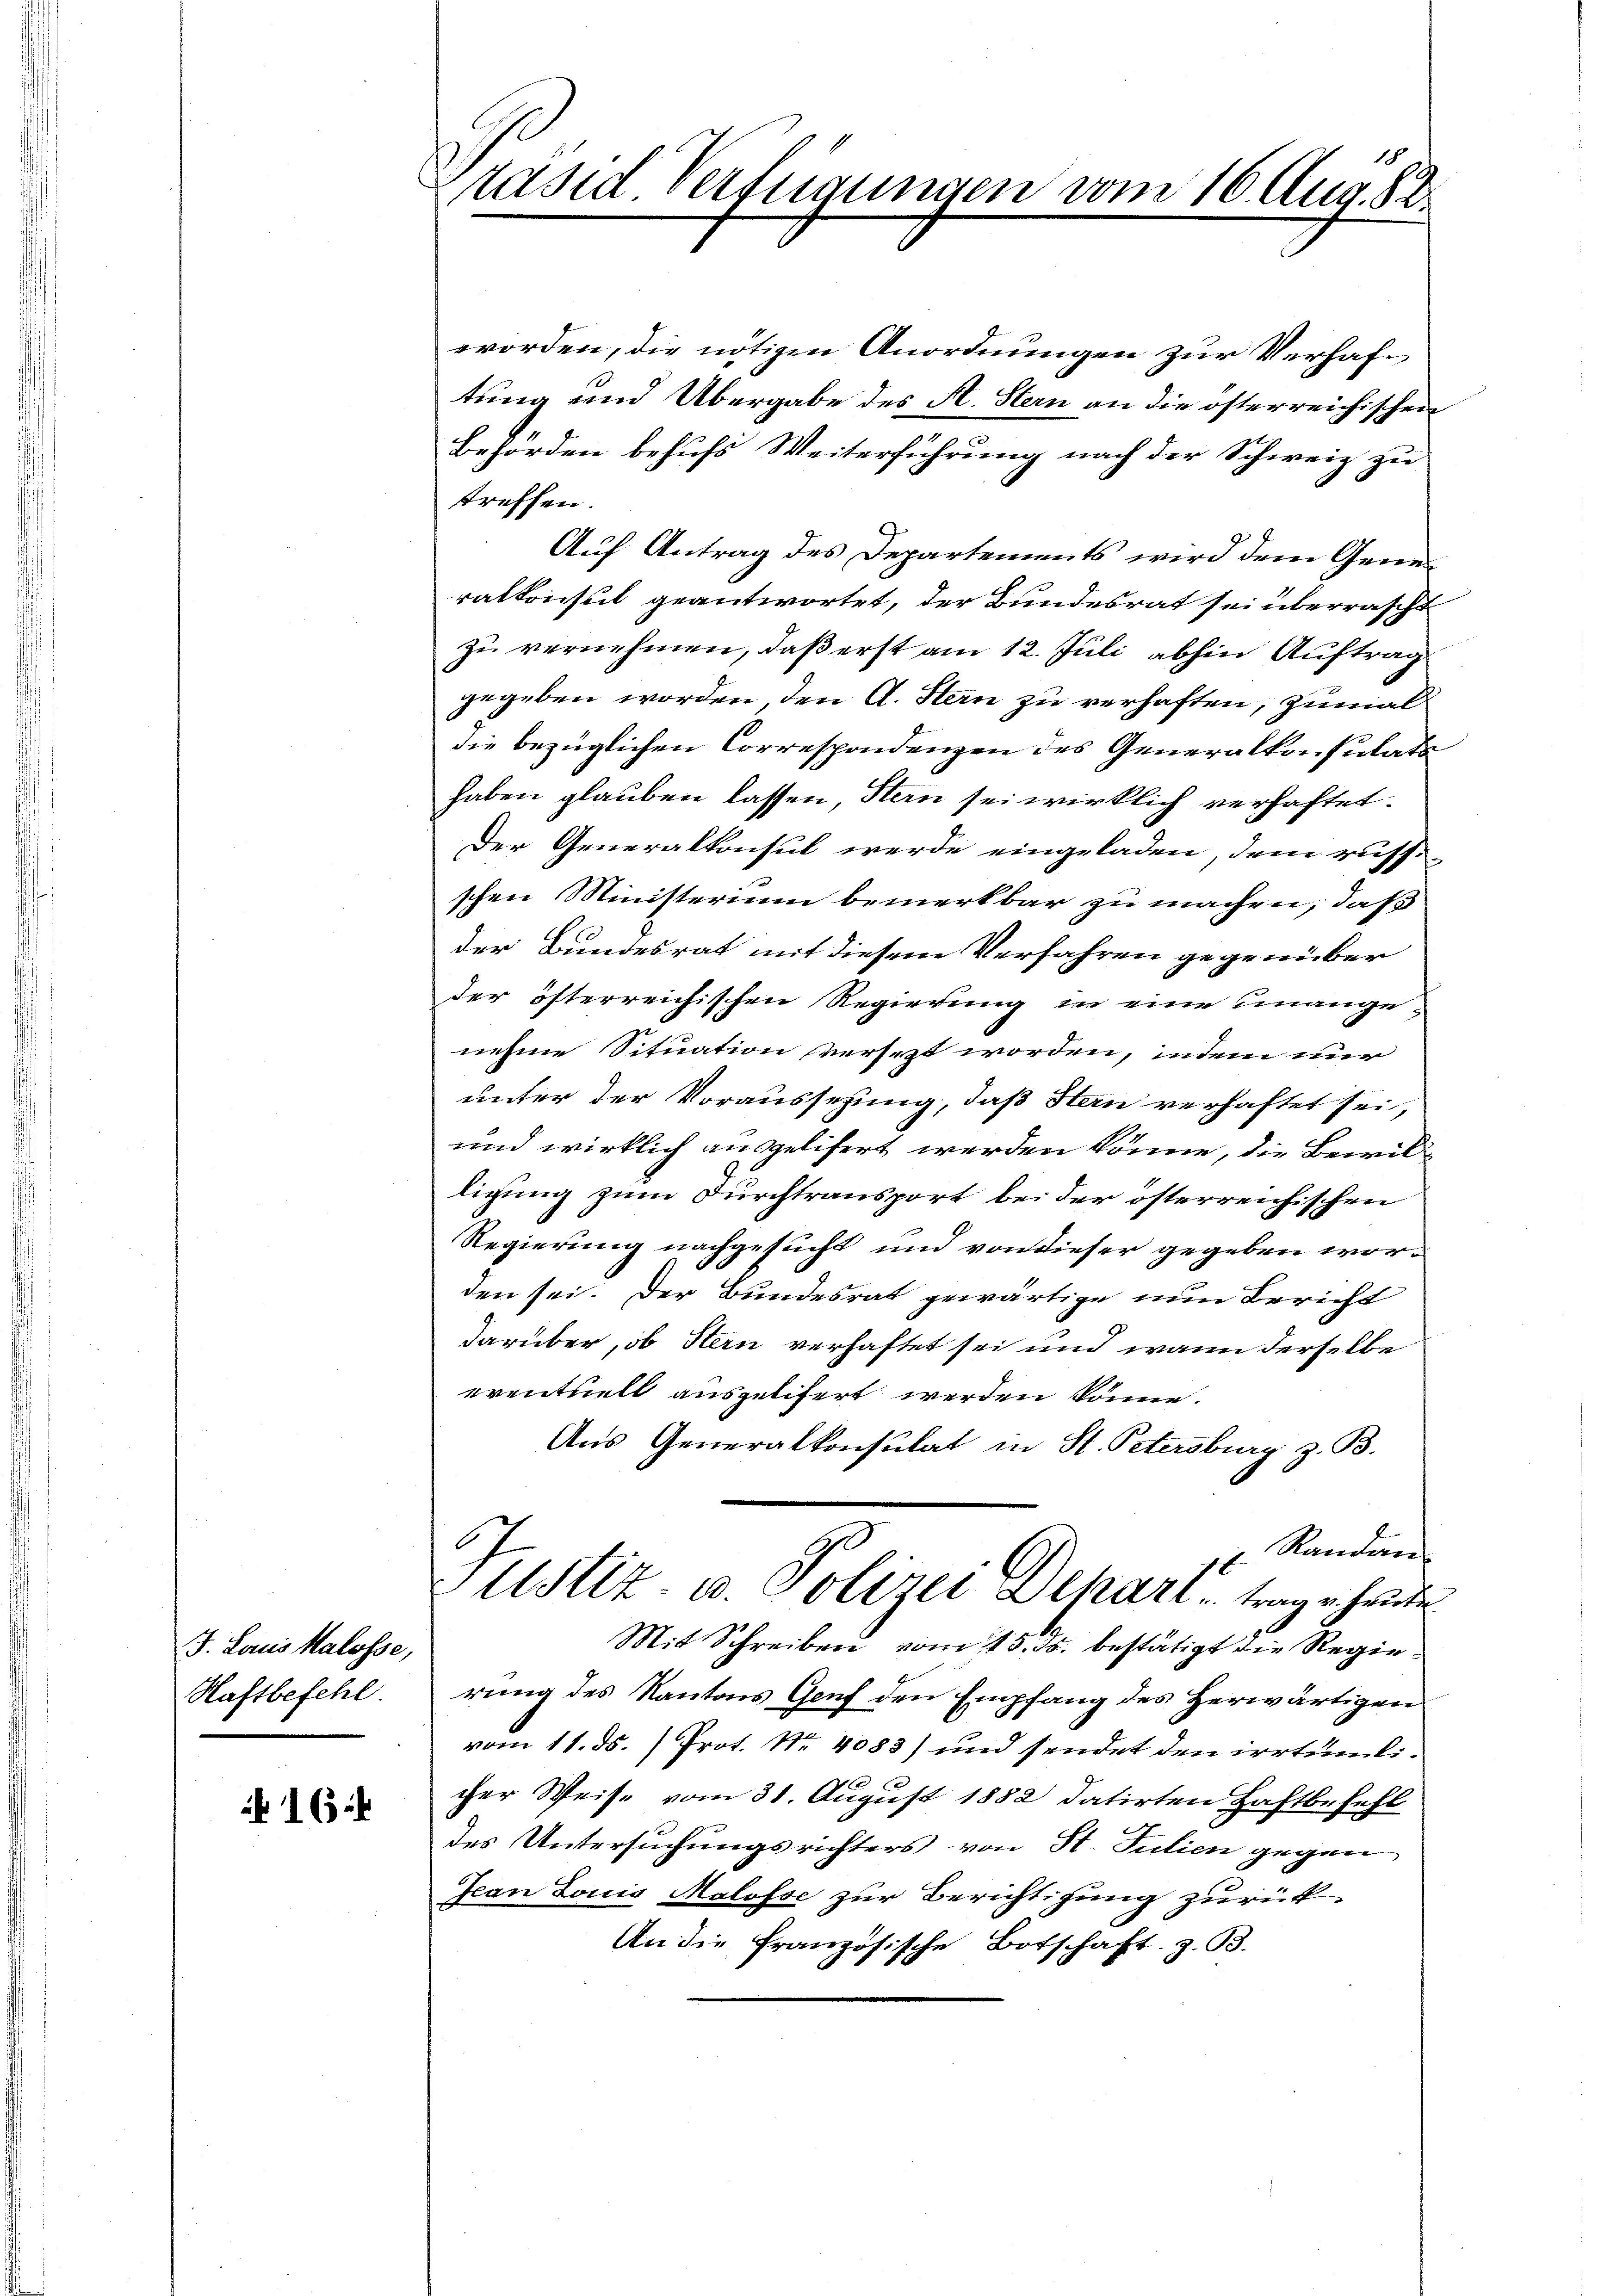
J. Laus Halosse,
Haftbefehl.

16

rasid Verfügungen vom 16. Aug. 82.

worden, die nötigen Anordnungen zur Verhaftung und Übergabe des St. Stern an die österreichischen
Behörden behufs Weiterführung nach der Schweiz zu
treffen.
Auf Antrag des Departements wird dem Generalkonsul geantwortet, der Bundesrat sei überrascht
zu vernehmen, daß erst am 12. Juli abhin Auftrag
gegeben worden, den A. Stern zu verhaften, zumal
die bezüglichen Correspondenzen des Generalkonsulats
haben glauben lassen Stern sei wirklich verhaftet.
Der Generalkonsul werde eingeladen, dem russ
schen Ministerium bemerkbar zu machen, daß
der Bundesrat mit diesem Verfahren gegenüber
der österreichischen Regierung in eine unange
nehme Situation versezt worden, indem nur
unter der Voraussezung, daß Stern verhaftet sei,
und wirklich ausgelifert werden könne, die Bewilligung zum Durchtransport bei der österreichischen
Regierung nachgesucht und von dieser gegeben worden sei. Der Bundesrat gewärtige nun Bericht
darüber, ob Stern verhaftet sei und wann derselbe
eventuell ausgelifert werden könne.
Aus Generalkonsulat in St. Petersburg z. B.
.
 Randan
Justiz u. Polizei Depart trag er heute
Mit Schreiben vom 15. ds. bestätigt die Regierung des Kantons Genf den Empfang des Herwärtigen
vom 11. ds. Prot. Nr. 4083) und sendet den irrtümlicher Weise vom 31. August 1882 datirten Haftbefehl
des Untersuchungsrichters von St. Julien gegen
Jean Louis Malosse zur Berichtigung zurück¬
An die französische Botschaft, z. B.